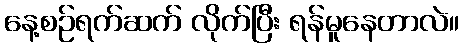
နေ့စဉ်ရက်ဆက် လိုက်ပြီး ရန်မူနေတာလဲ။